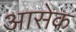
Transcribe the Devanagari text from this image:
आसेक